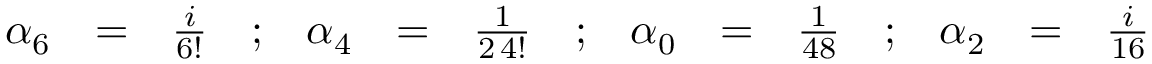
\begin{array} { r c l c r c l c r c l c r c l } { { \alpha _ { 6 } } } & { { = } } & { { \frac { i } { 6 ! } } } & { { ; } } & { { \alpha _ { 4 } } } & { { = } } & { { \frac { 1 } { 2 \, 4 ! } } } & { { ; } } & { { \alpha _ { 0 } } } & { { = } } & { { \frac { 1 } { 4 8 } } } & { { ; } } & { { \alpha _ { 2 } } } & { { = } } & { { \frac { i } { 1 6 } } } \end{array}